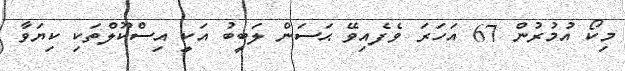
މިކޯ އުމުރުން 67 އަހަރަ ވެފެއިވޭ ޙަސަން ލަބީބު އަކީި އިސްކޫލްތަކި ކިޔަވާ